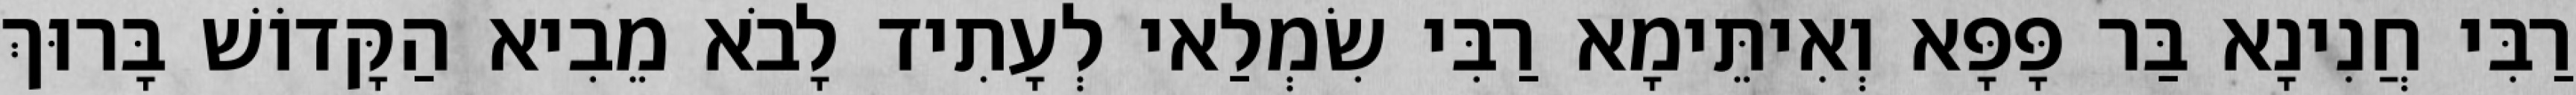
רַבִּי חֲנִינָא בַּר פָּפָּא וְאִיתֵּימָא רַבִּי שִׂמְלַאי לְעָתִיד לָבֹא מֵבִיא הַקָּדוֹשׁ בָּרוּךְ